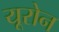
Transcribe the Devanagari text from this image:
यूरोन